Notes on vaccination in the North-West Frontier Province 1923-1928 - 1923-1928
Year: 1923
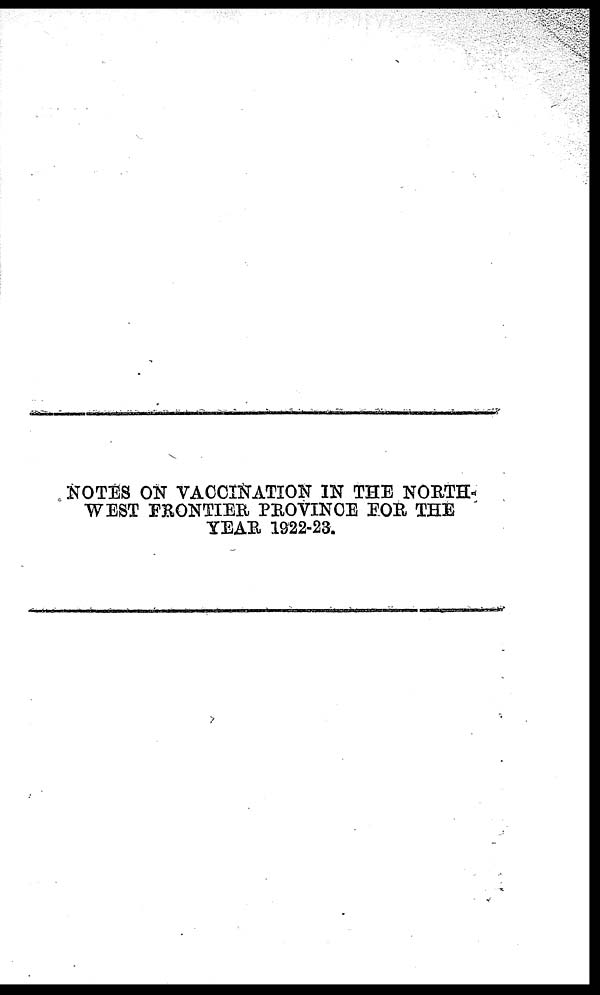
NOTES ON VACCINATION IN THE NORTH-
WEST FRONTIER PROVINCE FOR THE
YEAR 1922-23.